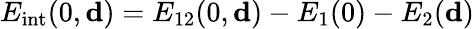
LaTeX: E_{\mathrm{int}}(0,{\mathbf d})=E_{12}(0,{\mathbf d})-E_{1}(0)-E_{2}({\mathbf d})